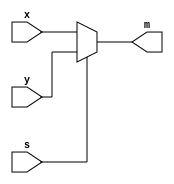
`timescale 1ns / 1ns // `timescale time_unit/time_precision

module mux2to1(x, y, s, m);
    input x; //select 0
    input y; //select 1
    input s; //select signal
    output m; //output
  
    //assign m = s & y | ~s & x;
    // OR
    assign m = s ? y : x;

endmodule